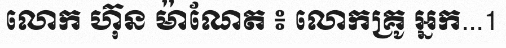
លោក ហ៊ុន ម៉ាណែត ៖ លោកគ្រូ អ្នក...1